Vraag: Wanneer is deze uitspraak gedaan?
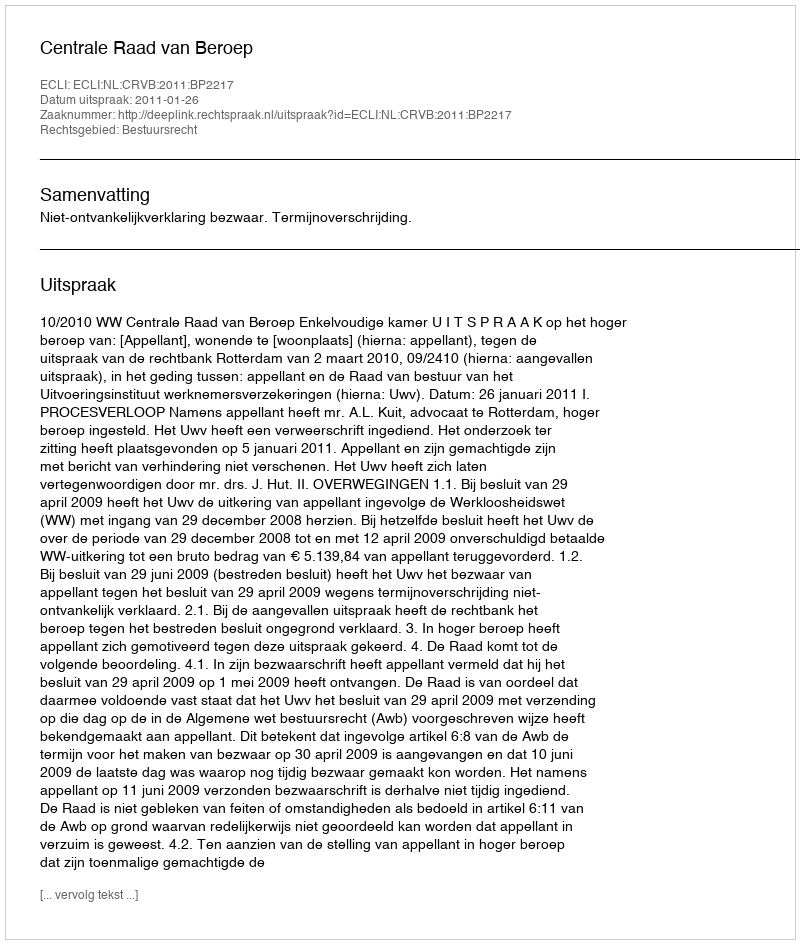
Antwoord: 2011-01-26